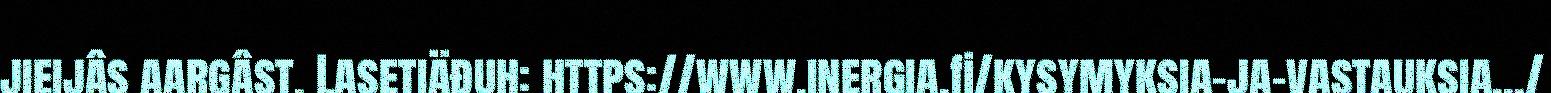
jieijâs aargâst. Lasetiäđuh: https://www.inergia.fi/kysymyksia-ja-vastauksia.../